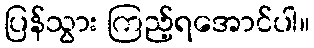
ပြန်သွား ကြည့်ရအောင်ပါ။